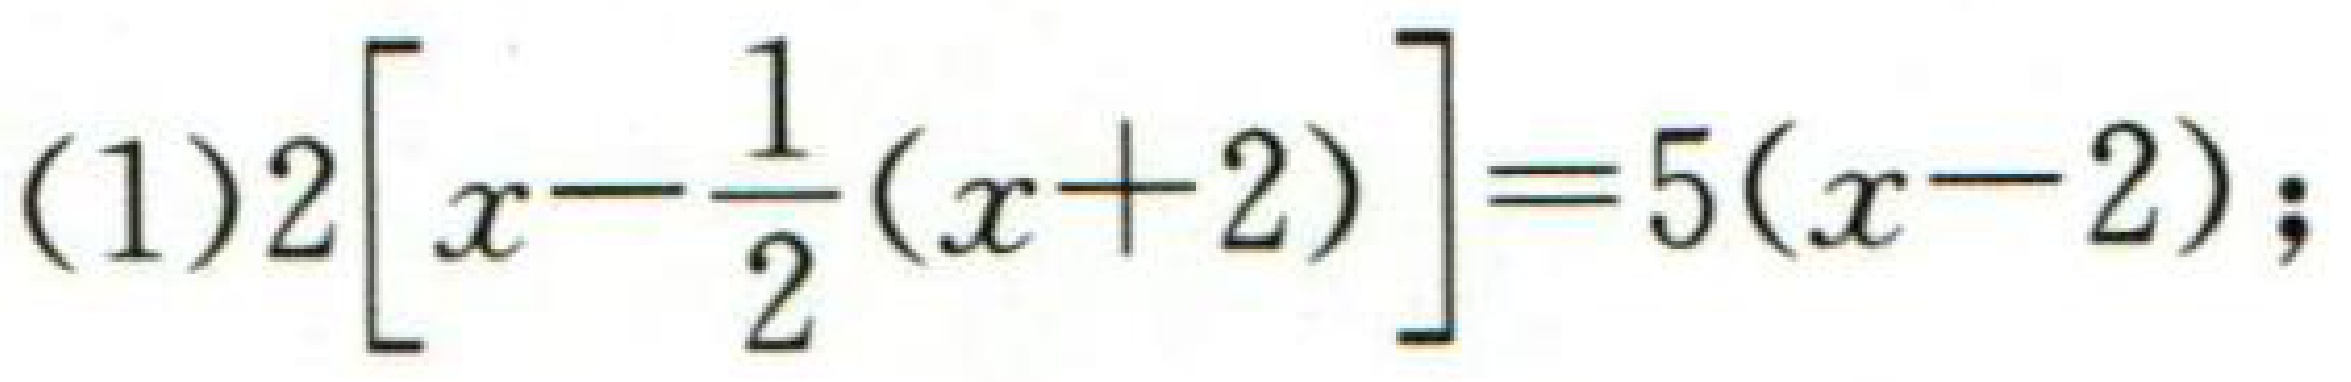
\((1)2\left[x-\dfrac{1}{2}(x + 2)\right]=5(x - 2);\)